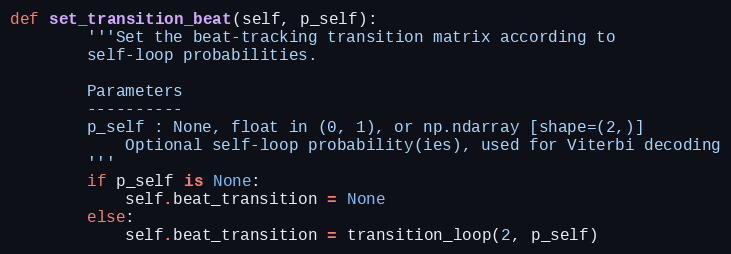
Language: Python
def set_transition_beat(self, p_self):
        '''Set the beat-tracking transition matrix according to
        self-loop probabilities.

        Parameters
        ----------
        p_self : None, float in (0, 1), or np.ndarray [shape=(2,)]
            Optional self-loop probability(ies), used for Viterbi decoding
        '''
        if p_self is None:
            self.beat_transition = None
        else:
            self.beat_transition = transition_loop(2, p_self)